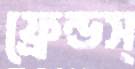
ফ্রেন্ডস্